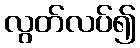
လွတ်လပ်၍